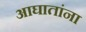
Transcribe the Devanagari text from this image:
आघातांना